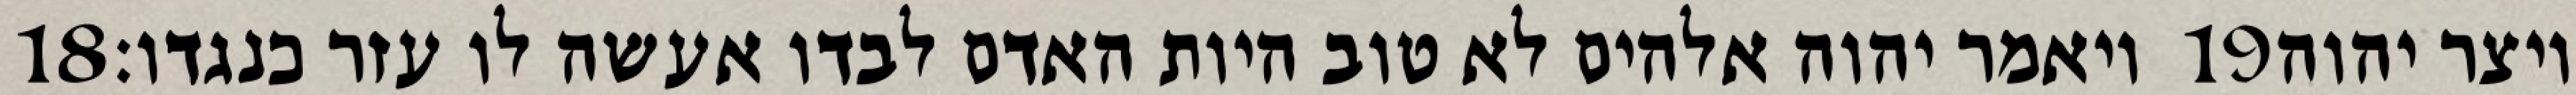
‎18‏ ויאמר יהוה אלהים לא טוב היות האדם לבדו אעשה לו עזר כנגדו׃ ‎19‏ ויצר יהוה